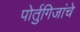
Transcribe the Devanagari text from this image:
पोर्तुगिजांचे